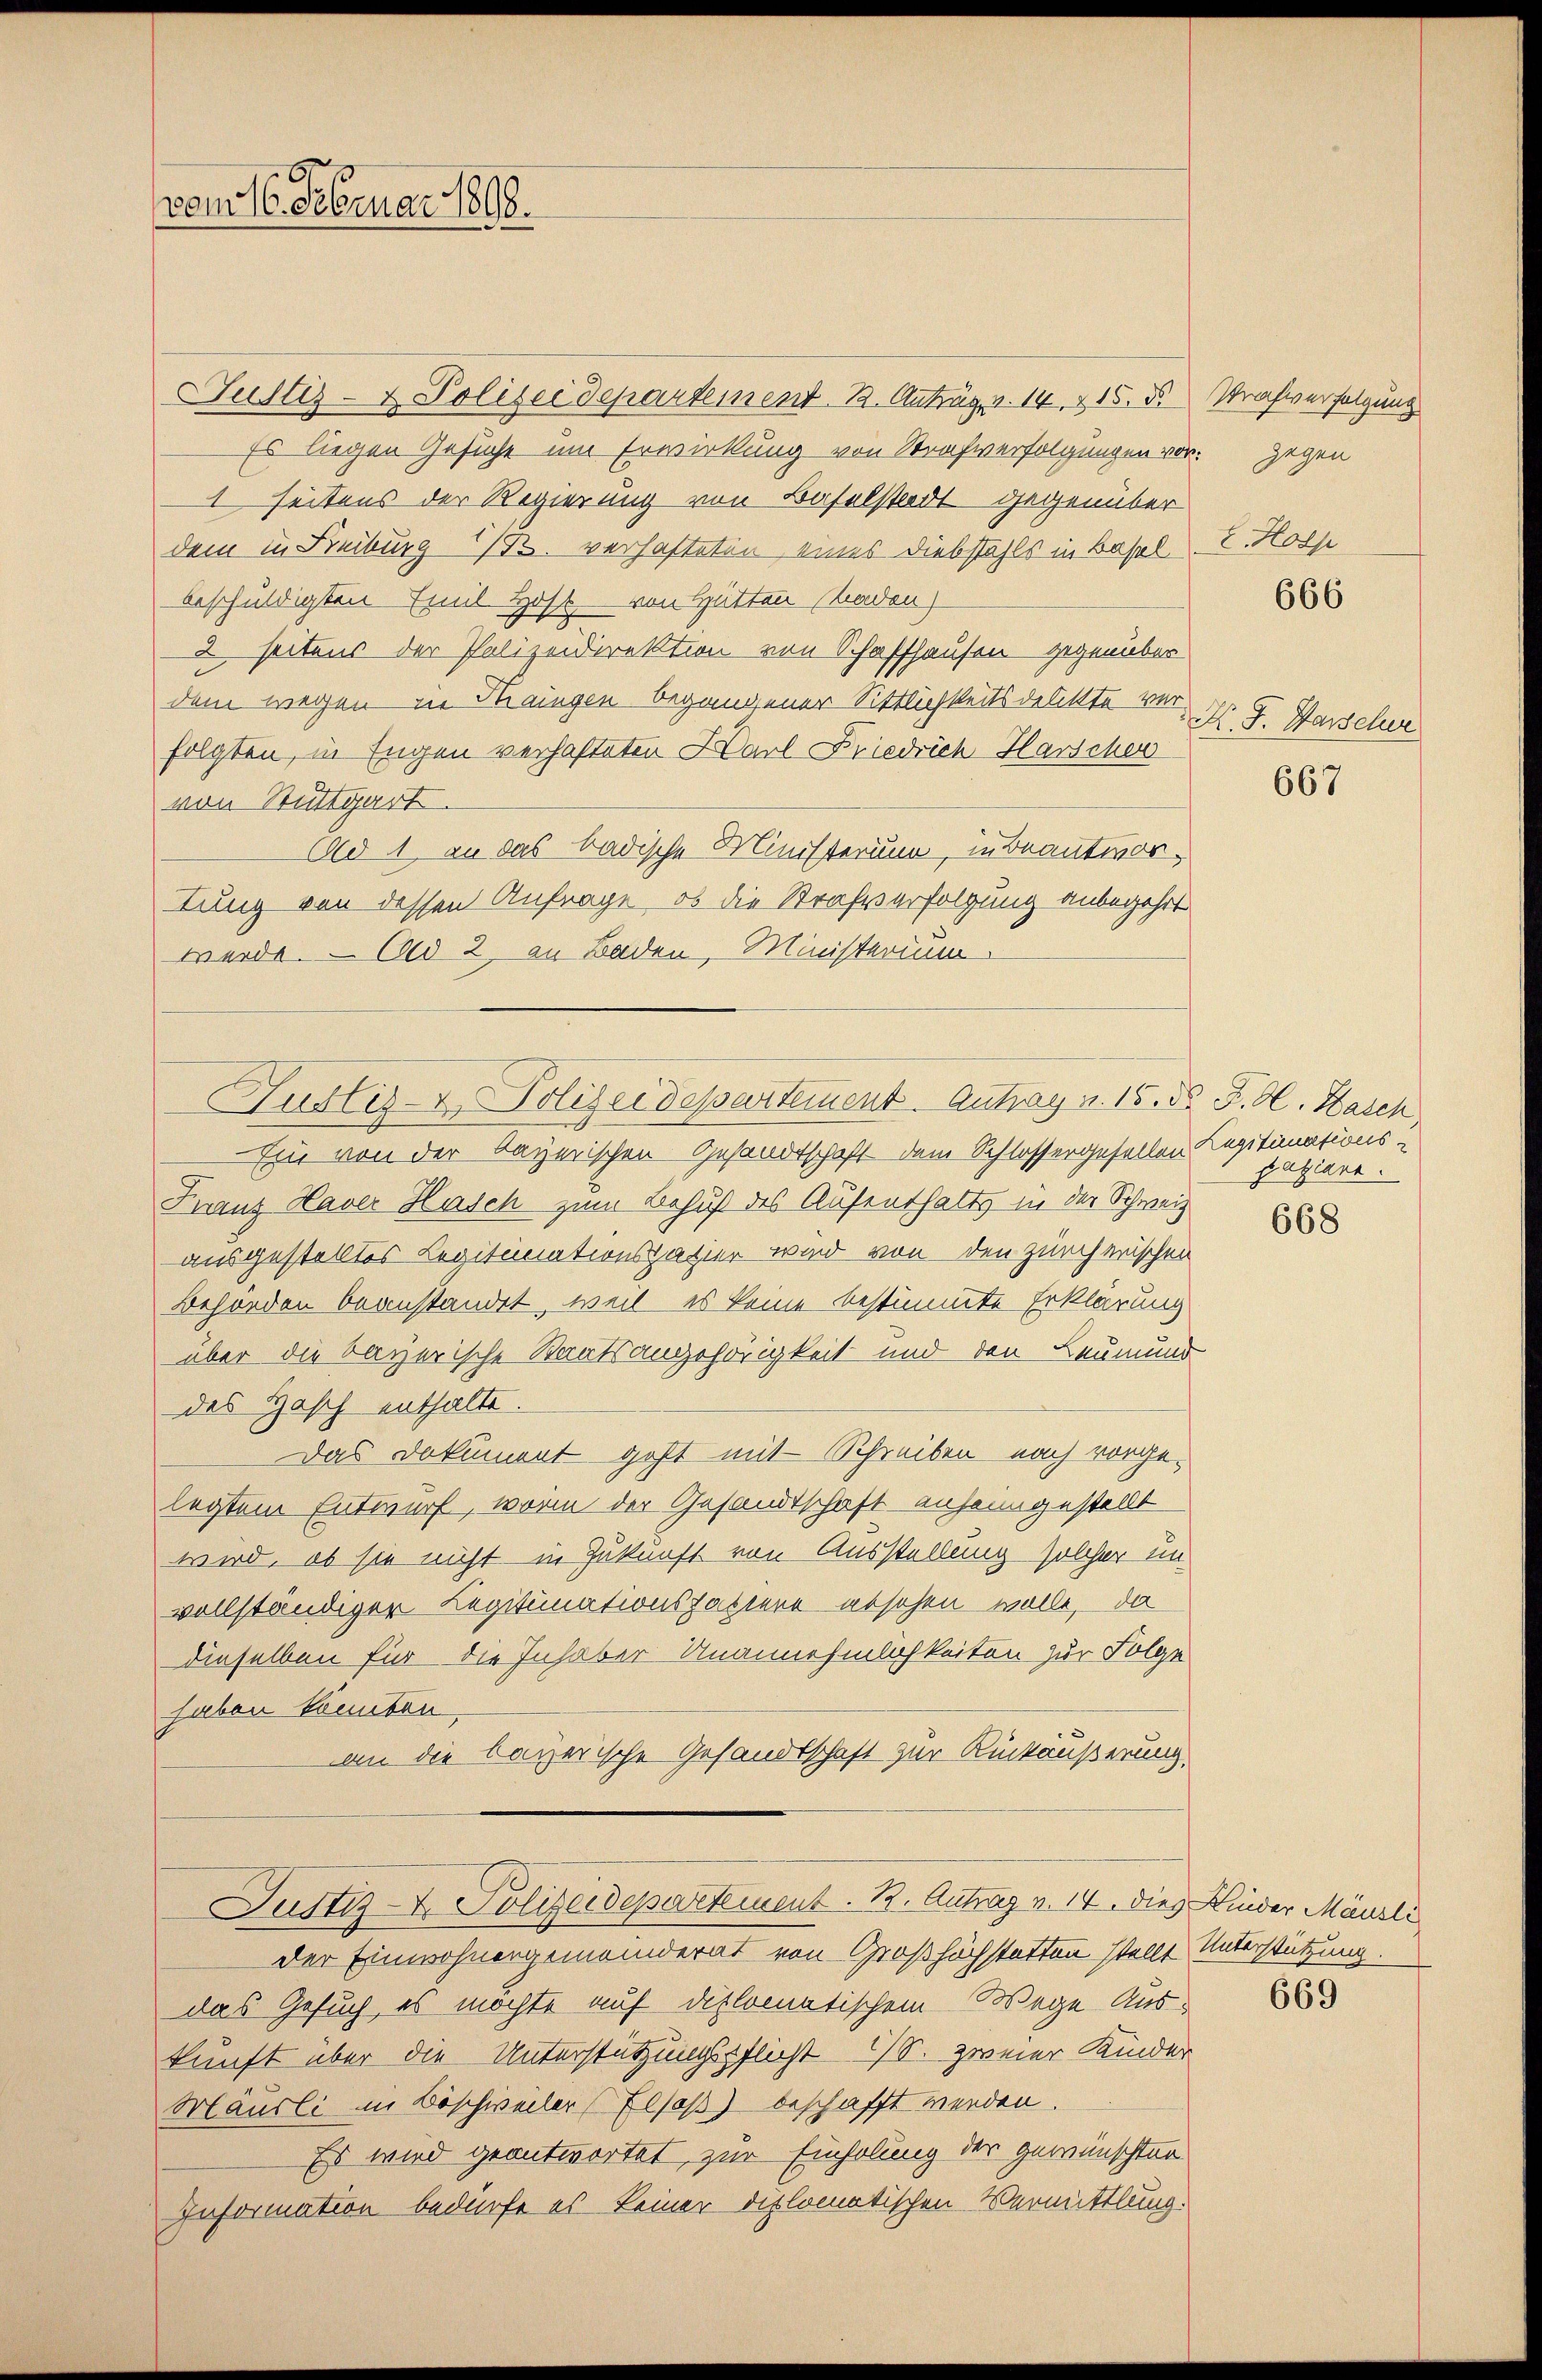
vom 16. Februar 1898.

Justiz- & Polizei Departement. B. Antrag v. 14, 415. 3
Es liegen Gesuche um Erwirkung von Strafverfolgungen vor. Gegen
1 seitens der Regierung von Baselstadt gegenüber
dem in Freiburg i/B. verhafteten eines Diebstahls in Basel
beschuldigten Emil Hoff von Hütten (Baden)
2 seitens der Polizeidirektion von Schaffhausen gegenüber
dem wegen in Thaingen begangener Sittlichkeitsdenkte verfolgten, in Engen verhafteten Harl Friedrich Harscher
von Stuttgart.
Ad 1, an das badische Ministerium, in Beantwortung von dessen Anfrage, ob die Strafverfolgung anbegehrt
werde. — Ald 2, an Baden, Ministerium
Justiz- & Polizeidepartement. Antrag v. 15. d. F. Cl. Hasch,
Ein von der bayerischen Gesandtschaft dem Schlossergesellen Legitimations¬
Franz Haver Hasch zum Behuf des Aufenthalts in der Schweiz
ausgestelltes Legitimationspater wird von den zürcherischen
Behörden beanstandet, weil es keine bestimmte Erklärung
über die bayerische Staatsangehörigkeit und den Leumund
des Hasch enthalte.
Das Dokument geht mit Schreiben nach vorgelegtem Entwurf, worin der Gesandtschaft anheimgestellt
wird, ob sie nicht in Zukunft von Ausstellung solcher un-
vollständiger Legitimationsfattern absehen wolle, da
dieselben für die Inhaber Unannehmlichkeiten zur Folge
haben könnten.
an die bayerische Gesandtschaft zur Rückäußerung.
Justiz- & Polizeidepartement. 1. Antrag v. 14. dies Kinder Mäusli
der Einwohnergemeinderat von Großhöchstatten stellt Unterstützung.
das Gesuch, es möchte auf diplomatischem Wege Auskunft über die Unterstützungspflicht 1/S. zweier Kinder
Mäusli im Böschweiler (Elsaß) beschafft werden.
Es wird geantwortet, zur Einholung der gewünschten
Information bedürfe es keiner diplomatischen Vermittlung.

Strafverfolgung
Hols

666

K. J. Warscher

667

paziere.

668

669